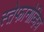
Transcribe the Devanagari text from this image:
स्तेफानोव्हिच